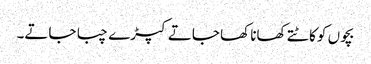
بچوں کو کاٹتے کھانا کھا جاتے کپڑے چبا جاتے۔